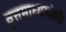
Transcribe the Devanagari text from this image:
वृत्तमाध्यमांशी